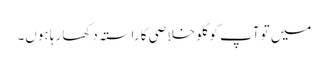
میں تو آپ کو گلو خلاصی کا راستہ دکھا رہا ہوں۔